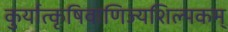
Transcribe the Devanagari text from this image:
कुर्यात्कृषिवाणिज्यशिल्पकम्